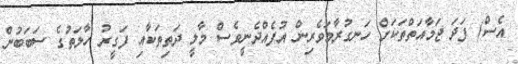
އެސް) ފަދަ ޖަމާއަތްތަކަށް ހަނގުރާމަވެރިން އުފެއްދެނީވެސް މާލީ ދަތިތަކާއި ފަގީރު ހާލަތުގެ ސަބަބުން